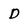
Character: D